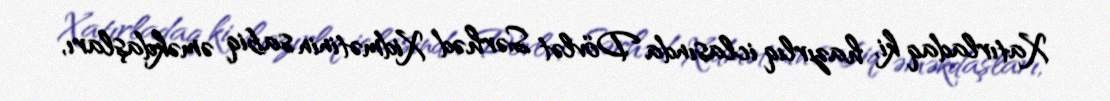
Xatırladaq ki, hazırlıq iclasında Dövlət Sərhəd Xidmətinin sabiq əməkdaşları,